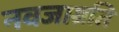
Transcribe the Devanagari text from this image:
नवजाग्रति